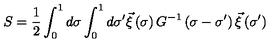
S = \frac { 1 } { 2 } \int _ { 0 } ^ { 1 } d \sigma \int _ { 0 } ^ { 1 } d \sigma ^ { \prime } \vec { \xi } \left( \sigma \right) G ^ { - 1 } \left( \sigma - \sigma ^ { \prime } \right) \vec { \xi } \left( \sigma ^ { \prime } \right)